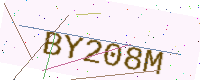
Text: BY208M